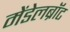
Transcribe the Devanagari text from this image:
मेंडेलब्रॉट